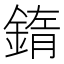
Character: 䤻